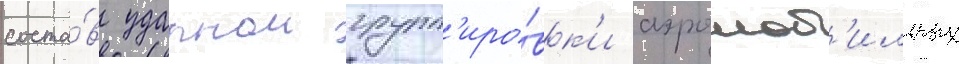
соста́в ударнои групп'иро́вк'и аэромоб'ильных